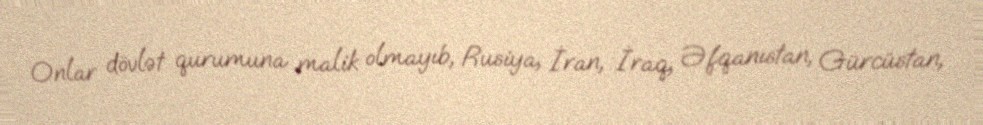
Onlar dövlət qurumuna malik olmayıb, Rusiya, İran, İraq, Əfqanıstan, Gürcüstan,